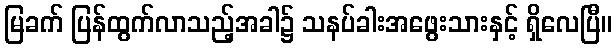
မြခက် ပြန်ထွက်လာသည့်အခါ၌ သနပ်ခါးအဖွေးသားနှင့် ရှိလေပြီ။